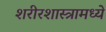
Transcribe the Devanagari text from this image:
शरीरशास्त्रामध्ये